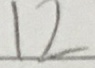
1 2